Vital statistics of India. Vol. V, Reports of 1876 on armies & jails and on epidemic cholera
Year: 1876
Disease focus: Cholera
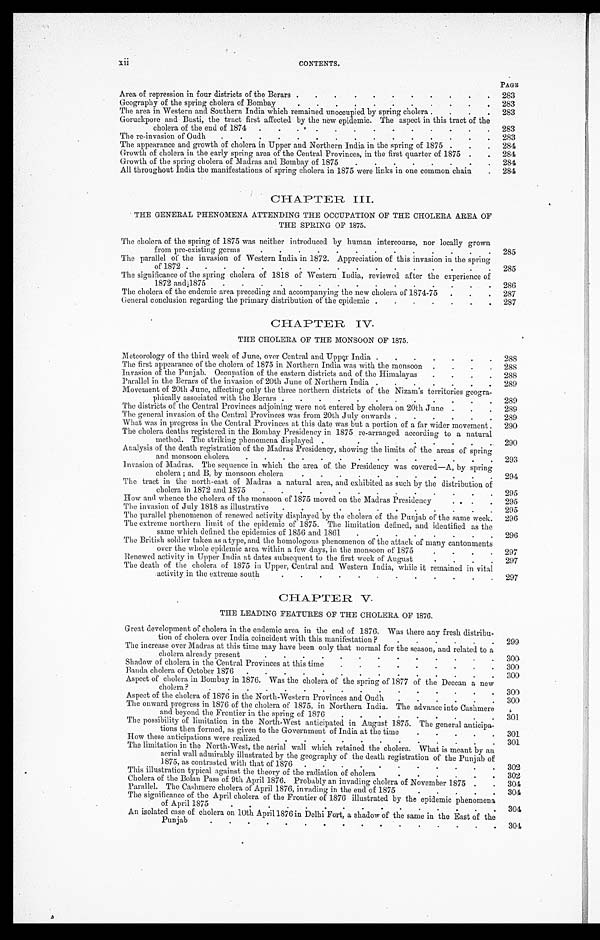
xii
CONTENTS.
PAGE
Area of repression in four districts of the Berars . . .
2 8 3
Geography of the sprin
g cholera of Bombay . . .
283
The area in Western and Southern India which remained unoccupied by spring cholera . . .
283
Goruckpore and Busti, the tract first affected by the new epidemic. The aspect in this tract of the
cholera of the end of 1874 . . .
283
The re-invasion of Oudh . . .
283
The appearance and growth of cholera in Upper and Northern India in the spring of 1875 . . .
284
Growth of cholera in the early spring area of the Central Provinces, in the first quarter of 1875 . . .
284
Growth of the spring cholera of Madras and Bombay of 1875 . . .
284
All throughout India the manifestations of spring cholera in 1875 were links in one common chain . . .
284
CHAPTER, III.
THE GENERAL PHENOMENA ATTENDING THE OCCUPATION OF THE CHOLERA AREA OF
THE SPRING OF 1875.
The cholera of the spring of 1875 was neither introduced by human intercourse, nor locally grown
from pre-existing germs . . .
285
The parallel of the invasion of Western India in 1872. Appreciation of this invasion in the spring
of 1872 . . .
285
The significance of the spring cholera of 1818 of Western India, reviewed after the experience of
1872 and1875 . . .
286
The cholera of the endemic area preceding and accompanying the new cholera of 1874-75 . . .
287
General conclusion regarding the primary distribution of the epidemic . . .
287
CHAPTER IV.
THE CHOLERA OF THE MONSOON OF 1875.
Meteorology of the third week of June, over Central and Upper India . . .
288
The first appearance of the cholera of 1875 in Northern India was with the monsoon . . .
288
Invasion of the Punjab. Occupation of the eastern districts and of the Himalayas . . .
288
Parallel in the Berars of the invasion of 20th June of Northern India . . .
289
Movement of 20th June, affecting only the three northern districts of the Nizam's territories geogra
-
phically associated with the Berars . . .
289
The districts of the Central Provinces adjoining were not entered by cholera on 20th June . . .
289
The general invasion of the Central Provinces was from 20th July onwards . . .
289
What was in progress in the Central Provinces at this date was but a portion of a far wider movement . . .
290
The cholera deaths registered in the Bombay Presidency in 1875 re-arranged according to a natural
method. The striking phenomena displayed . . .
290
Analysis of the death registration of the Madras Presidency, showing the limits of the areas of spring
and monsoon cholera . . .
293
Invasion of Madras. The sequence in which the area of the Presidency was covered—A, by spring
cholera; and B, by monsoon cholera . . .
294
The tract in the north-east of Madras a natural area, and exhibited as such by the distribution of
cholera in 1872 and 1875 . . .
295
How and whence the cholera of the monsoon of 1875 moved on the Madras Presidency . . .
295
The invasion of July 1818 as illustrative . . .
295
The parallel phenomenon of renewed activity displayed by the cholera of the Punjab of the same week.
296
The extreme northern limit of the epidemic of 1875. The limitation defined, and identified as the
same which defined the epidemics of 1856 and 1861 . . .
2 9 6
The British soldier taken as a type, and the homologous phenomenon of the attack of many cantonments
over the whole epidemic area within a few days, in the monsoon of 1875 . . .
297
Renewed activity in Upper India at dates subsequent to the first week of August . . .
297
The death of the cholera of 1875 in Upper, Central and Western India, while it remained in vital
a c t i v i t y i n t h e e x t r e m e s o u t h . . .
2 9 7
CHAPTER V.
THE LEADING FEATURES OF THE CHOLERA OF 1876.
Great development of cholera in the endemic area in the end of 1876. Was there any fresh distribu
-
tion of cholera over India coincident with this manifestation? . . .
299
The increase over Madras at this time may have been only that normal for the season, and related to a
cholera already present . . .
3 0 0
Shadow of cholera in the Central Provinces at this time . . .
300
Banda, cholera of October 1876 . . .
300
Aspect of cholera in Bombay in 1876. Was the cholera of the spring of 1877 of the Deccan a new
cholera? . . .
300
Aspect of the cholera of 1876 in the North-Western Provinces and Oudli . . .
300
The onward progress in 1876 of the cholera of 1875, in Northern India. The advance into Cashmere
and beyond the Frontier in the spring of 1876 . . .
301
The possibility of limitation in the North-West anticipated in August 1875. The general anticipa
-
tions then formed, as given to the Government of India at the time . . .
301
How these anticipations were realized . . .
3 0 1
The limitation in the North-West, the aerial wall which retained the cholera. What is meant by an
aerial wall admirably illustrated by the geography of the death registration of the Punjab of
1875, as contrasted with that of 1876 . . .
302
This illustration typical against the theory of the radiation of cholera . . .
302
Cholera of the Bolan Pass of 9th April 1876. Probably an invading cholera of November 1875 . . .
304
Parallel. The Cashmere cholera of April 1876, invading in the end of 1875 . . .
304
The significance of the April cholera of the Frontier of 1876 illustrated by the epidemic phenomena
of April 1875 . . .
3 0 4
An isolated case of cholera on 10th April 1876 in Delhi Fort, a shadow of the same in the East of the
P u n j a b . . .
3 0 4